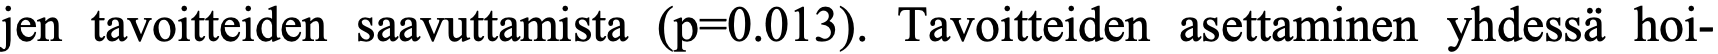
jen tavoitteiden saavuttamista (p=0.013). Tavoitteiden asettaminen yhdessä hoi-